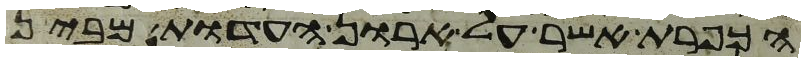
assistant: הכפרת אשר על ארון העדות מבין